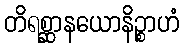
တိရစ္ဆာနယောနိဉ္စာဟံ